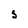
Character: S